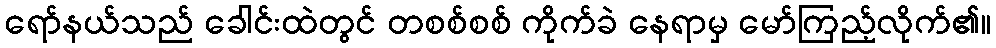
ရော်နယ်သည် ခေါင်းထဲတွင် တစစ်စစ် ကိုက်ခဲ နေရာမှ မော်ကြည့်လိုက်၏။